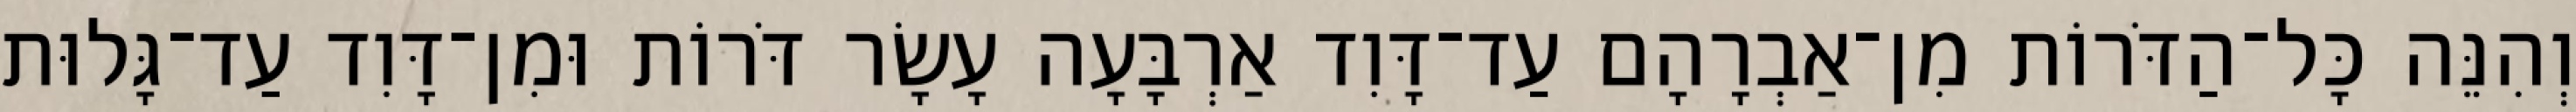
וְהִנֵּה כָּל־הַדֹּרוֹת מִן־אַבְרָהָם עַד־דָּוִד אַרְבָּעָה עָשָׂר דֹּרוֹת וּמִן־דָּוִד עַד־גָּלוּת